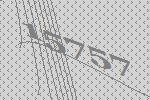
15757